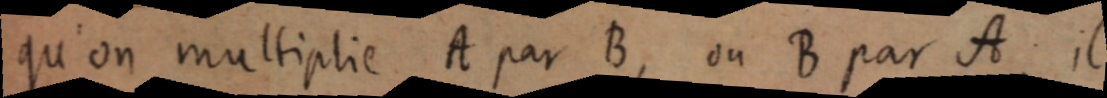
qu’on multiplie A par B, ou B par A ; il